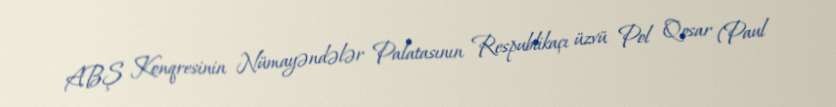
ABŞ Konqresinin Nümayəndələr Palatasının Respublikaçı üzvü Pol Qosar (Paul